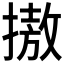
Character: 𢳆